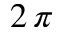
2 \, \pi